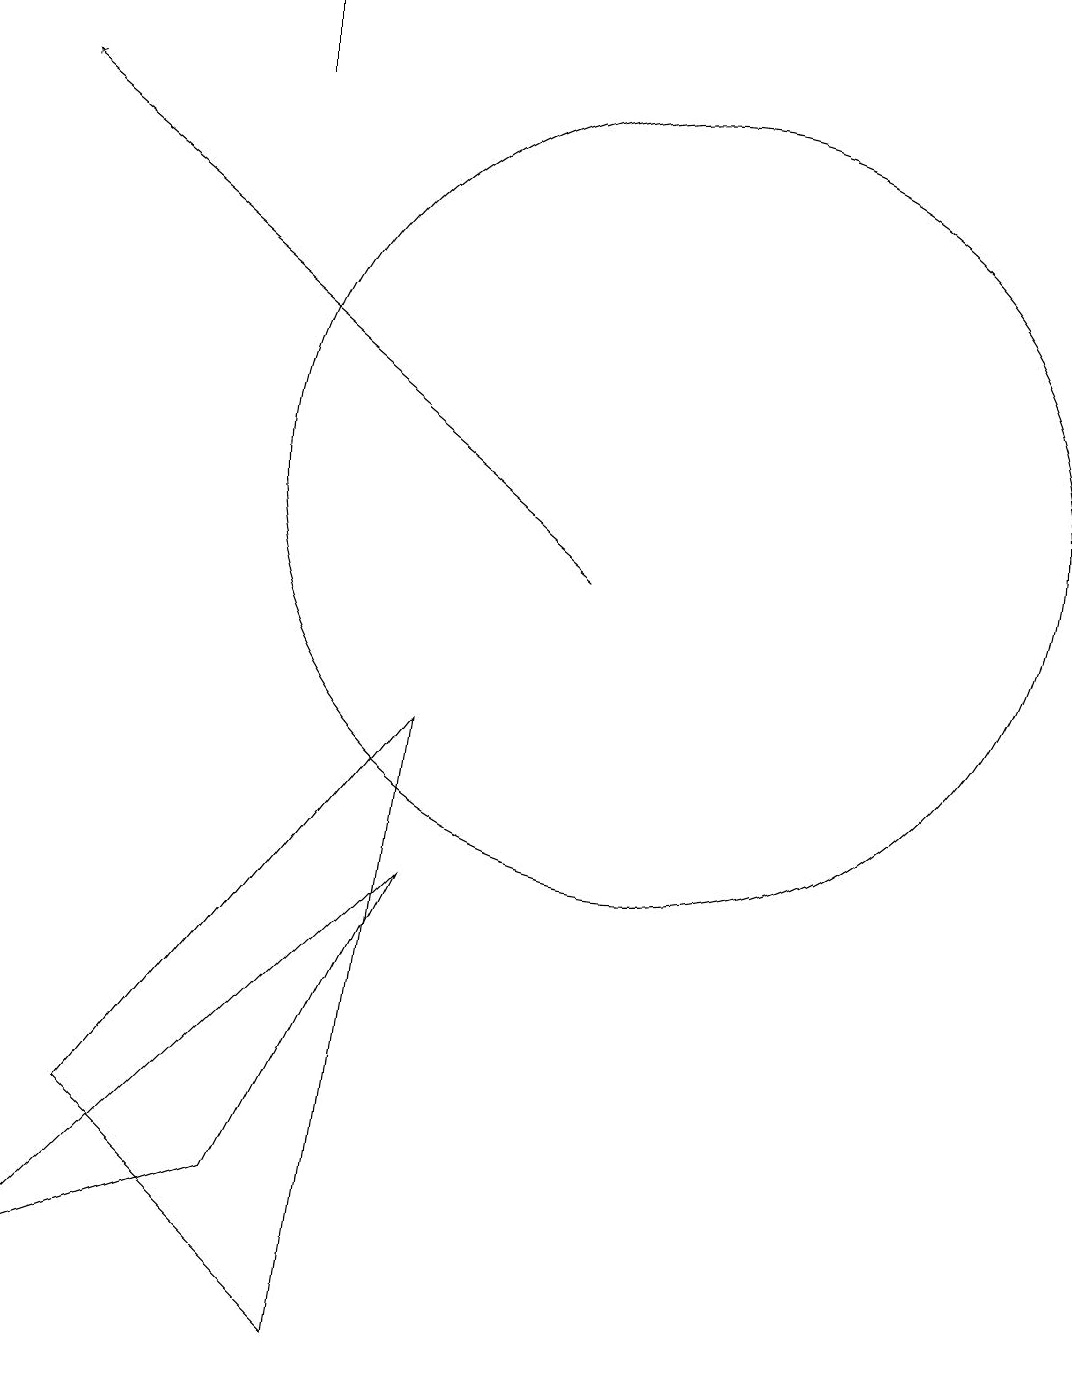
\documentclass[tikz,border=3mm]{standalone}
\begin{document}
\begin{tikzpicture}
\draw (10,12) circle (5);
\draw[->] (9,11) -- (2,17);
\draw (5,18) rectangle (5,17);
\draw (7,9) -- (3,4) -- (6,1) -- cycle;
\draw (7,7) -- (2,2) -- (5,3) -- cycle;
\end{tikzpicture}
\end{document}